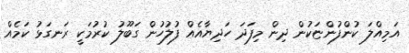
އަމިއްލަ ކުންފުންޏަކުން ދިން މިފަދަ ހަދިޔާއެއް ފުލުހުން ގަބޫލު ކުރުމަކީ ރަނގަޅު ކަމެއް